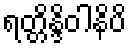
ရတ္တိန္ဒိဝါနိပိ